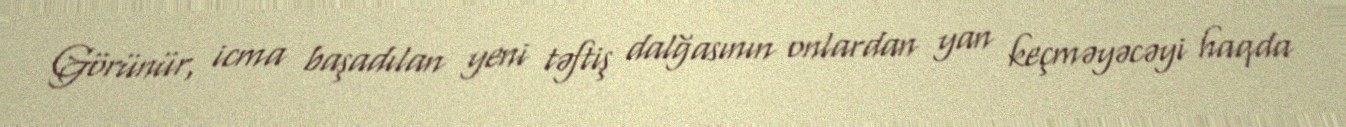
Görünür, icma başadılan yeni təftiş dalğasının onlardan yan keçməyəcəyi haqda